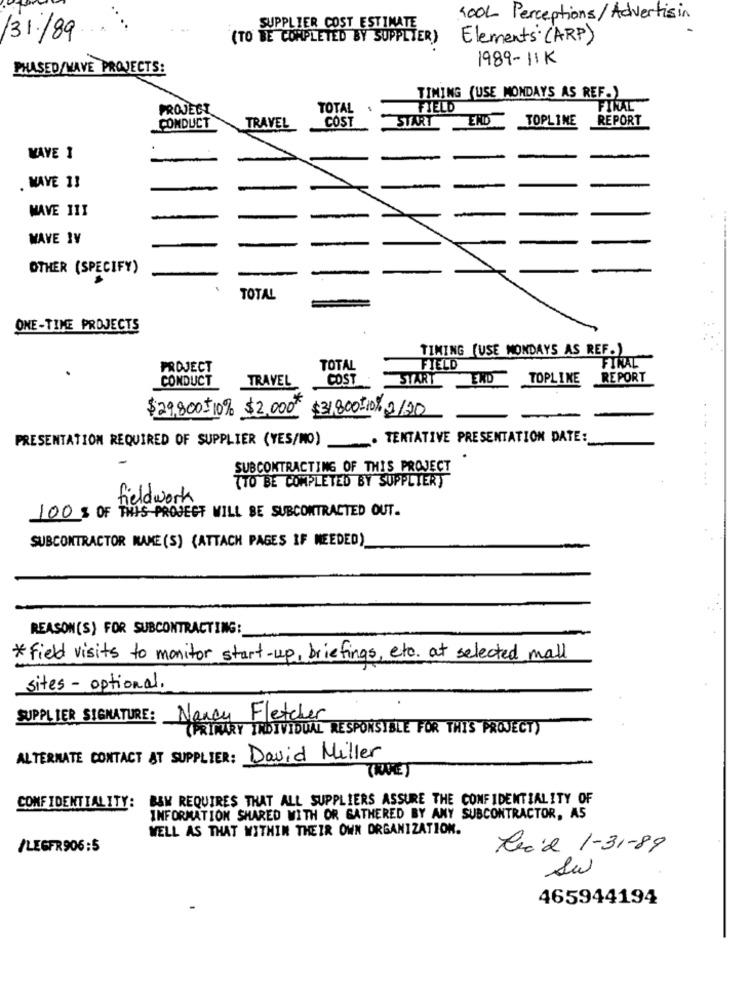
100L Perceptions/ Advertisin
SUPPLIER COST ESTIMATE
/31/89
(TO BE COMPLETED BY SUPPLIER)
Elements (ARP)
1989-11K
PHASED/WAVE PROJECTS:
TIMING (USE MONDAYS AS REF.)
PROJECT
TOTAL
FIELD
FINAL
COST
START
END
TOPLINE
REPORT
CONDUCT
TRAVEL
WAVE 1
. MAVE 13
WAVE III
WAVE 1V
OTHER (SPECIFY)
TOTAL
ONE-TIME PROJECTS
TIMING (USE MONDAYS AS REF.)
FINAL
PROJECT
TOTAL
FIELD
CONDUCT
COST
START
END
TOPLINE
REPORT
TRAVEL
$29,800=10% $2,000# $31,800=10% 2/20
PRESENTATION REQUIRED OF SUPPLIER (YES/NO)
TENTATIVE PRESENTATION DATE:
SUBCONTRACTING OF THIS PROJECT
(TO BE COMPLETED BY SUPPLIER)
....
fieldwork
100 % OF THIS PROJECT WILL BE SUBCONTRACTED OUT.
SUBCONTRACTOR NAME (S) (ATTACH PAGES IF NEEDED)
REASON(S) FOR SUBCONTRACTING:
* field visits to monitor start-up, briefings, etc. at selected mall
sites - optional.
SUPPLIER SIGNATURE: Nancy Fletcher
(PRIMARY INDIVIDUAL RESPONSIBLE FOR THIS PROJECT)
ALTERNATE CONTACT AT SUPPLIER: David Miller
(NOVE)
BSW REQUIRES THAT ALL SUPPLIERS ASSURE THE CONFIDENTIALITY OF
CONFIDENTIALITY:
INFORMATION SHARED WITH OR GATHERED BY ANY SUBCONTRACTOR, AS
WELL AS THAT WITHIN THEIR OWN ORGANIZATION.
/LEGFR906:5
Cecid 1-31-89
Su
465944194